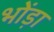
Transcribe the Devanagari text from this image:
भोंड़ा